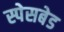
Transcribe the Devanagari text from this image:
स्पेसबेड